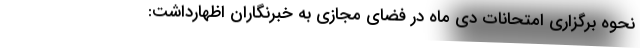
نحوه برگزاری امتحانات دی ماه در فضای مجازی به خبرنگاران اظهارداشت: